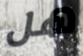
هل